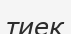
тиек